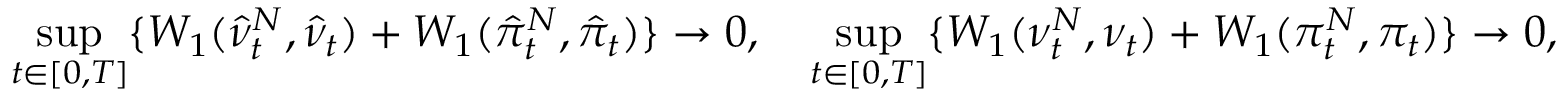
\operatorname* { s u p } _ { t \in [ 0 , T ] } \{ W _ { 1 } ( \hat { \nu } _ { t } ^ { N } , \hat { \nu } _ { t } ) + W _ { 1 } ( \hat { \pi } _ { t } ^ { N } , \hat { \pi } _ { t } ) \} \rightarrow 0 , \quad \operatorname* { s u p } _ { t \in [ 0 , T ] } \{ W _ { 1 } ( { \nu } _ { t } ^ { N } , { \nu } _ { t } ) + W _ { 1 } ( { \pi } _ { t } ^ { N } , { \pi } _ { t } ) \} \rightarrow 0 ,